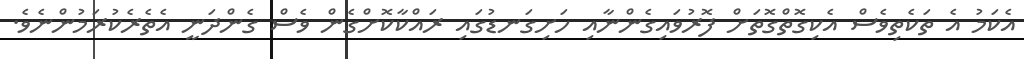
އެކަމު އެ ތަކެތިވެސް އެކިގޮތްގޮތަށް ފޮރުވައިގެންނާއި ހަށިގަނޑުގައި ރައްކާކޮށްގެން ވެސް ގެންދަނީ އެތެރެކުރަމުންނެވެ.